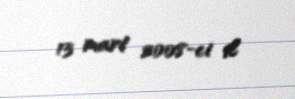
13 mart 2008-ci il